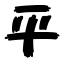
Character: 平